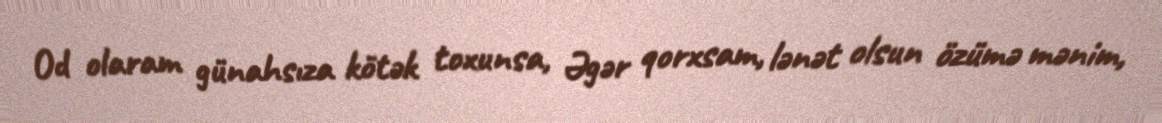
Od olaram günahsıza kötək toxunsa, Əgər qorxsam, lənət olsun özümə mənim,